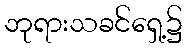
ဘုရားသခင်ရှေ့၌